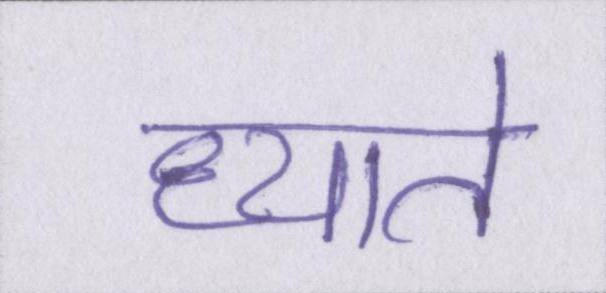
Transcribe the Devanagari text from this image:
ध्याते